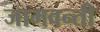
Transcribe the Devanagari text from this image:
जामवन्ती